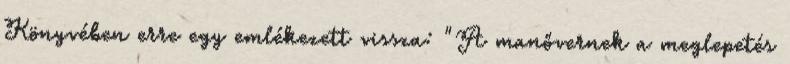
Könyvében erre egy emlékezett vissza: "A manővernek a meglepetés